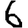
Digit: 6